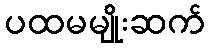
ပထမမျိုးဆက်